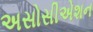
અસોસીએશન